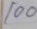
100